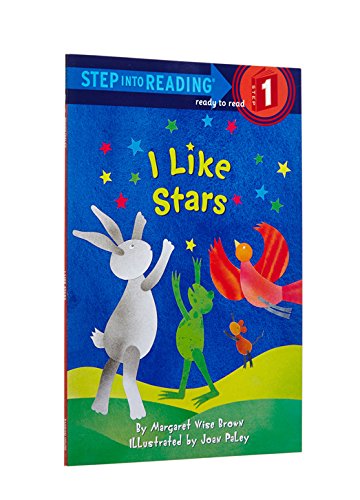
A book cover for I Like Stars (Step-Into-Reading, Step 1); Margaret Wise Brown; Children's Books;